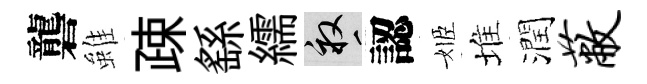
礱雖疎繇繻畝認姬堆潤蔽